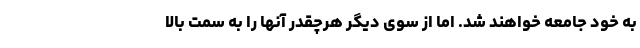
به خود جامعه خواهند شد. اما از سوی دیگر هرچقدر آنها را به سمت بالا